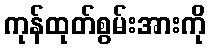
ကုန်ထုတ်စွမ်းအားကို